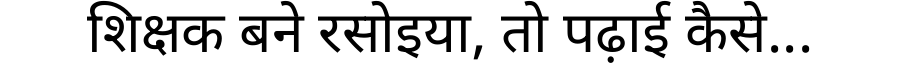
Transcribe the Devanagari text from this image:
शिक्षक बने रसोइया, तो पढ़ाई कैसे...